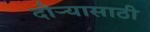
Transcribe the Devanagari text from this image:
दौऱ्यासाठी